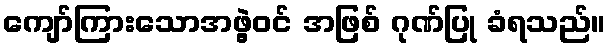
ကျော်ကြားသောအဖွဲ့ဝင် အဖြစ် ဂုဏ်ပြု ခံရသည်။